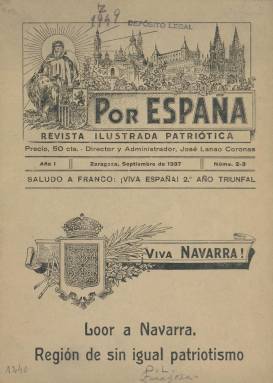
Título: Por España
Colección: Guerra civil || Revistas de información general
Ámbito geográfico: Zaragoza
Lugar de publicación: Zaragoza
Fechas: 01/05/1937-31/01/1938